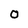
Character: O